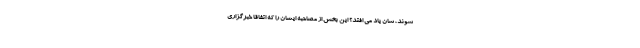
شوند، شان یاد می افتد؟ این بخش از مصاحبه ایشان را که اتفاقاً خبرگزاری